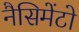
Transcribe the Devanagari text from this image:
नैसिमेंटो